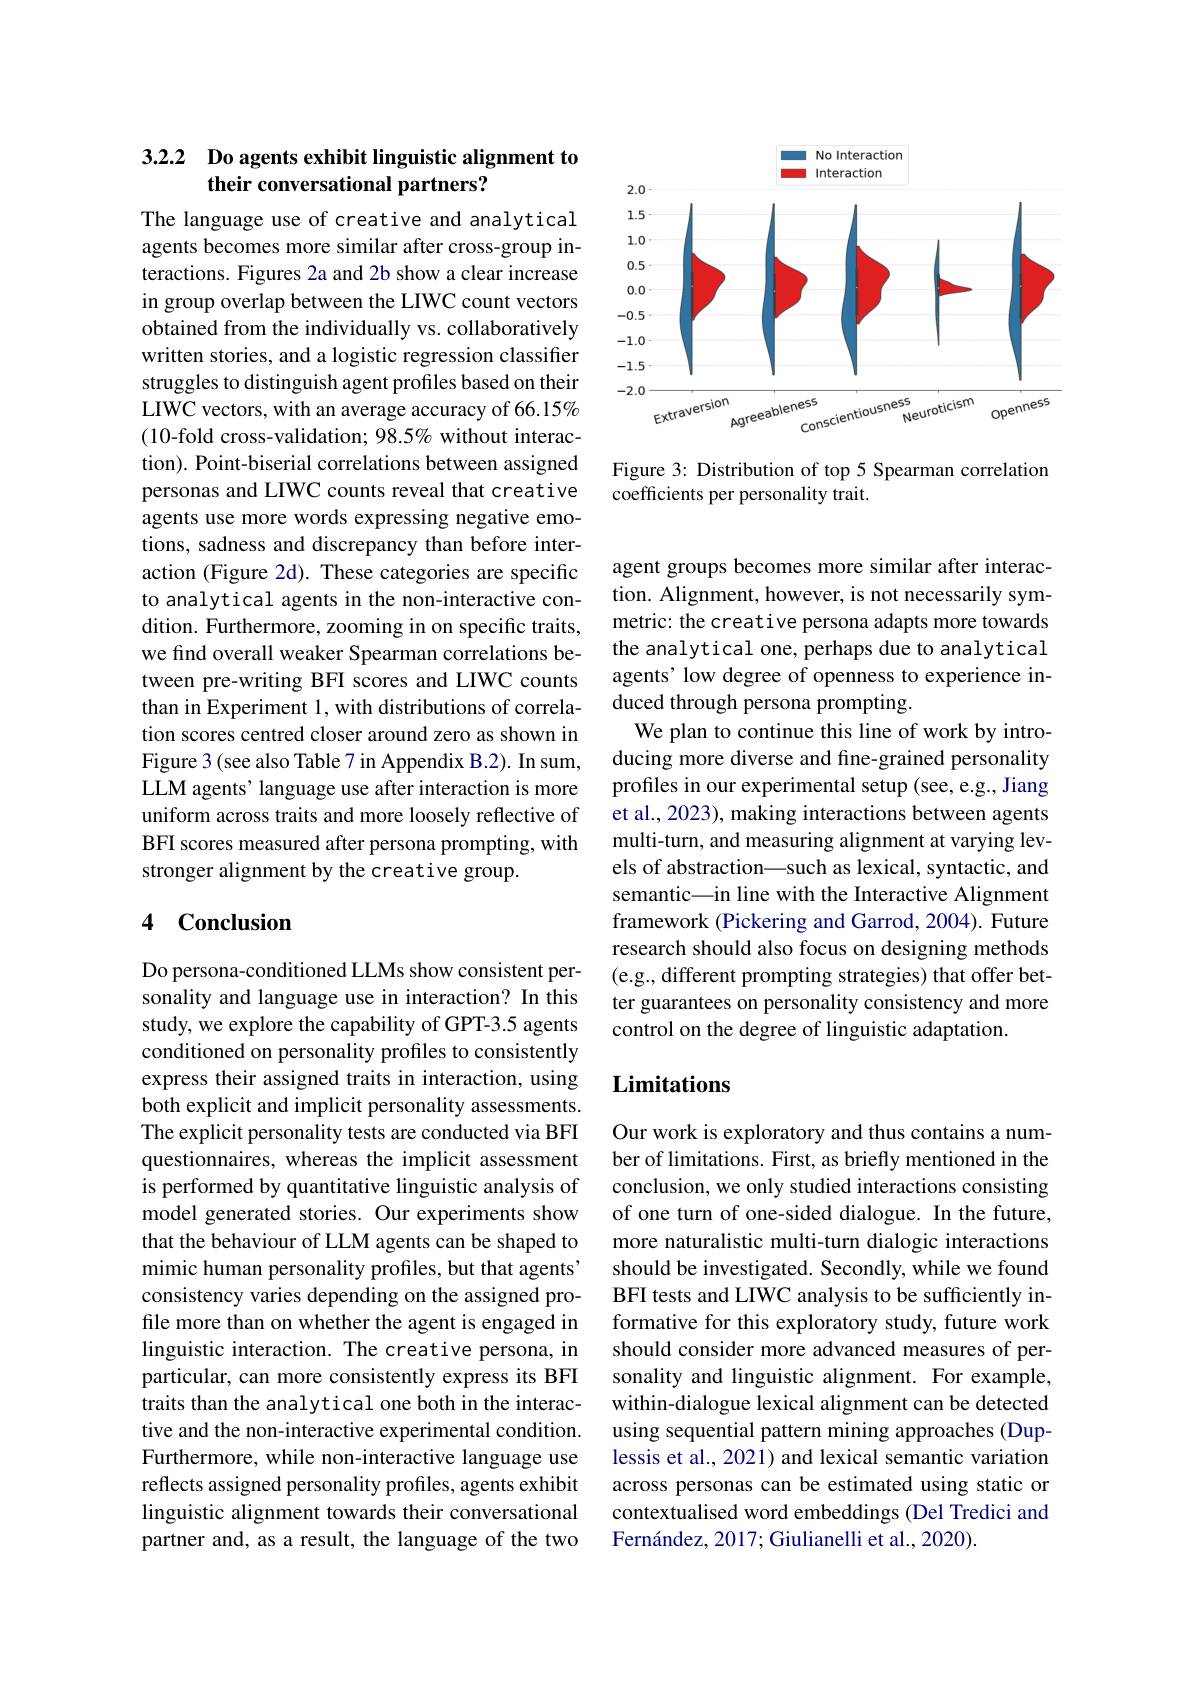
## 3.2.2 Do agents exhibit linguistic alignment to their conversational partners?

The language use of creative and analytical agents becomes more similar after cross-group interactions. Figures 2a and 2b show a clear increase in group overlap between the LIWC count vectors obtained from the individually vs. collaboratively written stories, and a logistic regression classifier struggles to distinguish agent profiles based on their LIWC vectors, with an average accuracy of 66.15% (10-fold cross-validation; 98.5% without interaction). Point-biserial correlations between assigned personas and LIWC counts reveal that creative agents use more words expressing negative emotions, sadness and discrepancy than before interaction (Figure 2d). These categories are specific to analytical agents in the non-interactive condition. Furthermore, zooming in on specific traits, we find overall weaker Spearman correlations between pre-writing BFI scores and LIWC counts than in Experiment 1, with distributions of correlation scores centred closer around zero as shown in Figure 3 (see also Table 7 in Appendix B.2). In sum, LLM agents’ language use after interaction is more uniform across traits and more loosely reflective of BFI scores measured after persona prompting, with stronger alignment by the creative group.

## 4 Conclusion

Do persona-conditioned LLMs show consistent personality and language use in interaction? In this study, we explore the capability of GPT-3.5 agents conditioned on personality profiles to consistently express their assigned traits in interaction, using both explicit and implicit personality assessments. The explicit personality tests are conducted via BFI questionnaires, whereas the implicit assessment is performed by quantitative linguistic analysis of model generated stories. Our experiments show that the behaviour of LLM agents can be shaped to mimic human personality profiles, but that agents' consistency varies depending on the assigned profile more than on whether the agent is engaged in linguistic interaction. The creative persona, in particular, can more consistently express its BFI traits than the analytical one both in the interactive and the non-interactive experimental condition. Furthermore, while non-interactive language use reflects assigned personality profiles, agents exhibit linguistic alignment towards their conversational partner and, as a result, the language of the two

<FigureHere>

Figure 3: Distribution of top 5 Spearman correlation
coefficients per personality trait.

agent groups becomes more similar after interaction. Alignment, however, is not necessarily symmetric: the creative persona adapts more towards the analytical one, perhaps due to analytical agents' low degree of openness to experience induced through persona prompting.
We plan to continue this line of work by introducing more diverse and fine-grained personality profiles in our experimental setup (see, e.g., Jiang et al., 2023), making interactions between agents multi-turn, and measuring alignment at varying levels of abstraction\_such as lexical, syntactic, and semantic\_in line with the Interactive Alignment framework (Pickering and Garrod, 2004). Future research should also focus on designing methods (e.g., different prompting strategies) that offer better guarantees on personality consistency and more control on the degree of linguistic adaptation.

## Limitations

Our work is exploratory and thus contains a number of limitations. First, as briefly mentioned in the conclusion, we only studied interactions consisting of one turn of one-sided dialogue. In the future, more naturalistic multi-turn dialogic interactions should be investigated. Secondly, while we found BFI tests and LIWC analysis to be sufficiently informative for this exploratory study, future work should consider more advanced measures of personality and linguistic alignment. For example, within-dialogue lexical alignment can be detected using sequential pattern mining approaches (Duplessis et al., 2021) and lexical semantic variation across personas can be estimated using static or contextualised word embeddings (Del Tredici and Fernández, 2017; Giulianelli et al., 2020).